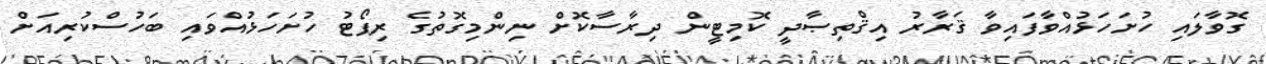
ގޮވާލައި ހުށަހަޅުއްވާފައިވާ ޤަރާރު އިޤްތިޞާދީ ކޮމިޓީން ދިރާސާކޮށް ނިންމިގޮތުގެ ރިޕޯޓު ހުށަހަޅުއްވައި ބަހުސްކުރިއަށް